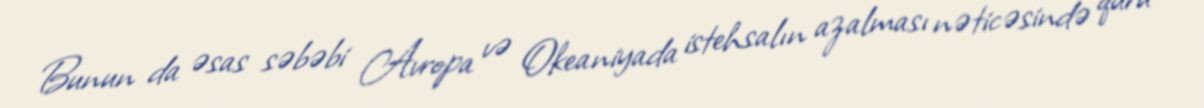
Bunun da əsas səbəbi Avropa və Okeaniyada istehsalın azalması nəticəsində quru